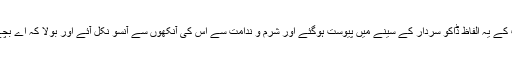
آپ کے یہ الفاظ ڈاکو سردار کے سینے میں پیوست ہوگئے اور شرم و ندامت سے اس کی آنکھوں سے آنسو نکل آئے اور بولا کہ اے بچے!